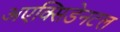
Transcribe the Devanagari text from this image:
अएक्सिडेनटल